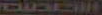
الاصاصات